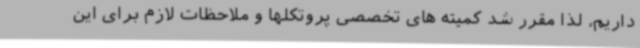
داریم، لذا مقرر شد کمیته های تخصصی پروتکلها و ملاحظات لازم برای این